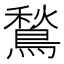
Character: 鶖